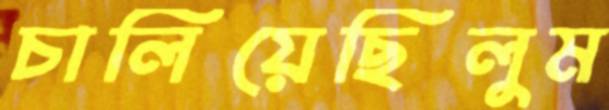
চালিয়েছিলুম